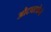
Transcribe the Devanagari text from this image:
औटघटकेचे